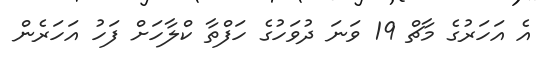
އެ އަހަރުގެ މާޗް 19 ވަނަ ދުވަހުގެ ހަފްތާ ކްލާހަށް ފަހު އަހަރެން